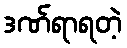
ဒဏ်ရာရတဲ့